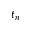
t _ { n }